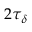
2 \tau _ { \delta }